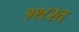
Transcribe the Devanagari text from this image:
१९८२त